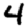
Digit: 4